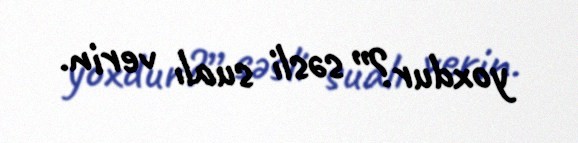
yoxdur?” səsli sualı verin.